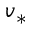
v _ { * }